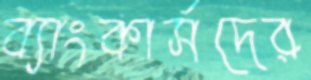
ব্যাংকার্সদের